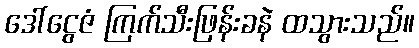
ဒေါ်ငွေဇံ ကြက်သီးဖြန်းခနဲ ထသွားသည်။